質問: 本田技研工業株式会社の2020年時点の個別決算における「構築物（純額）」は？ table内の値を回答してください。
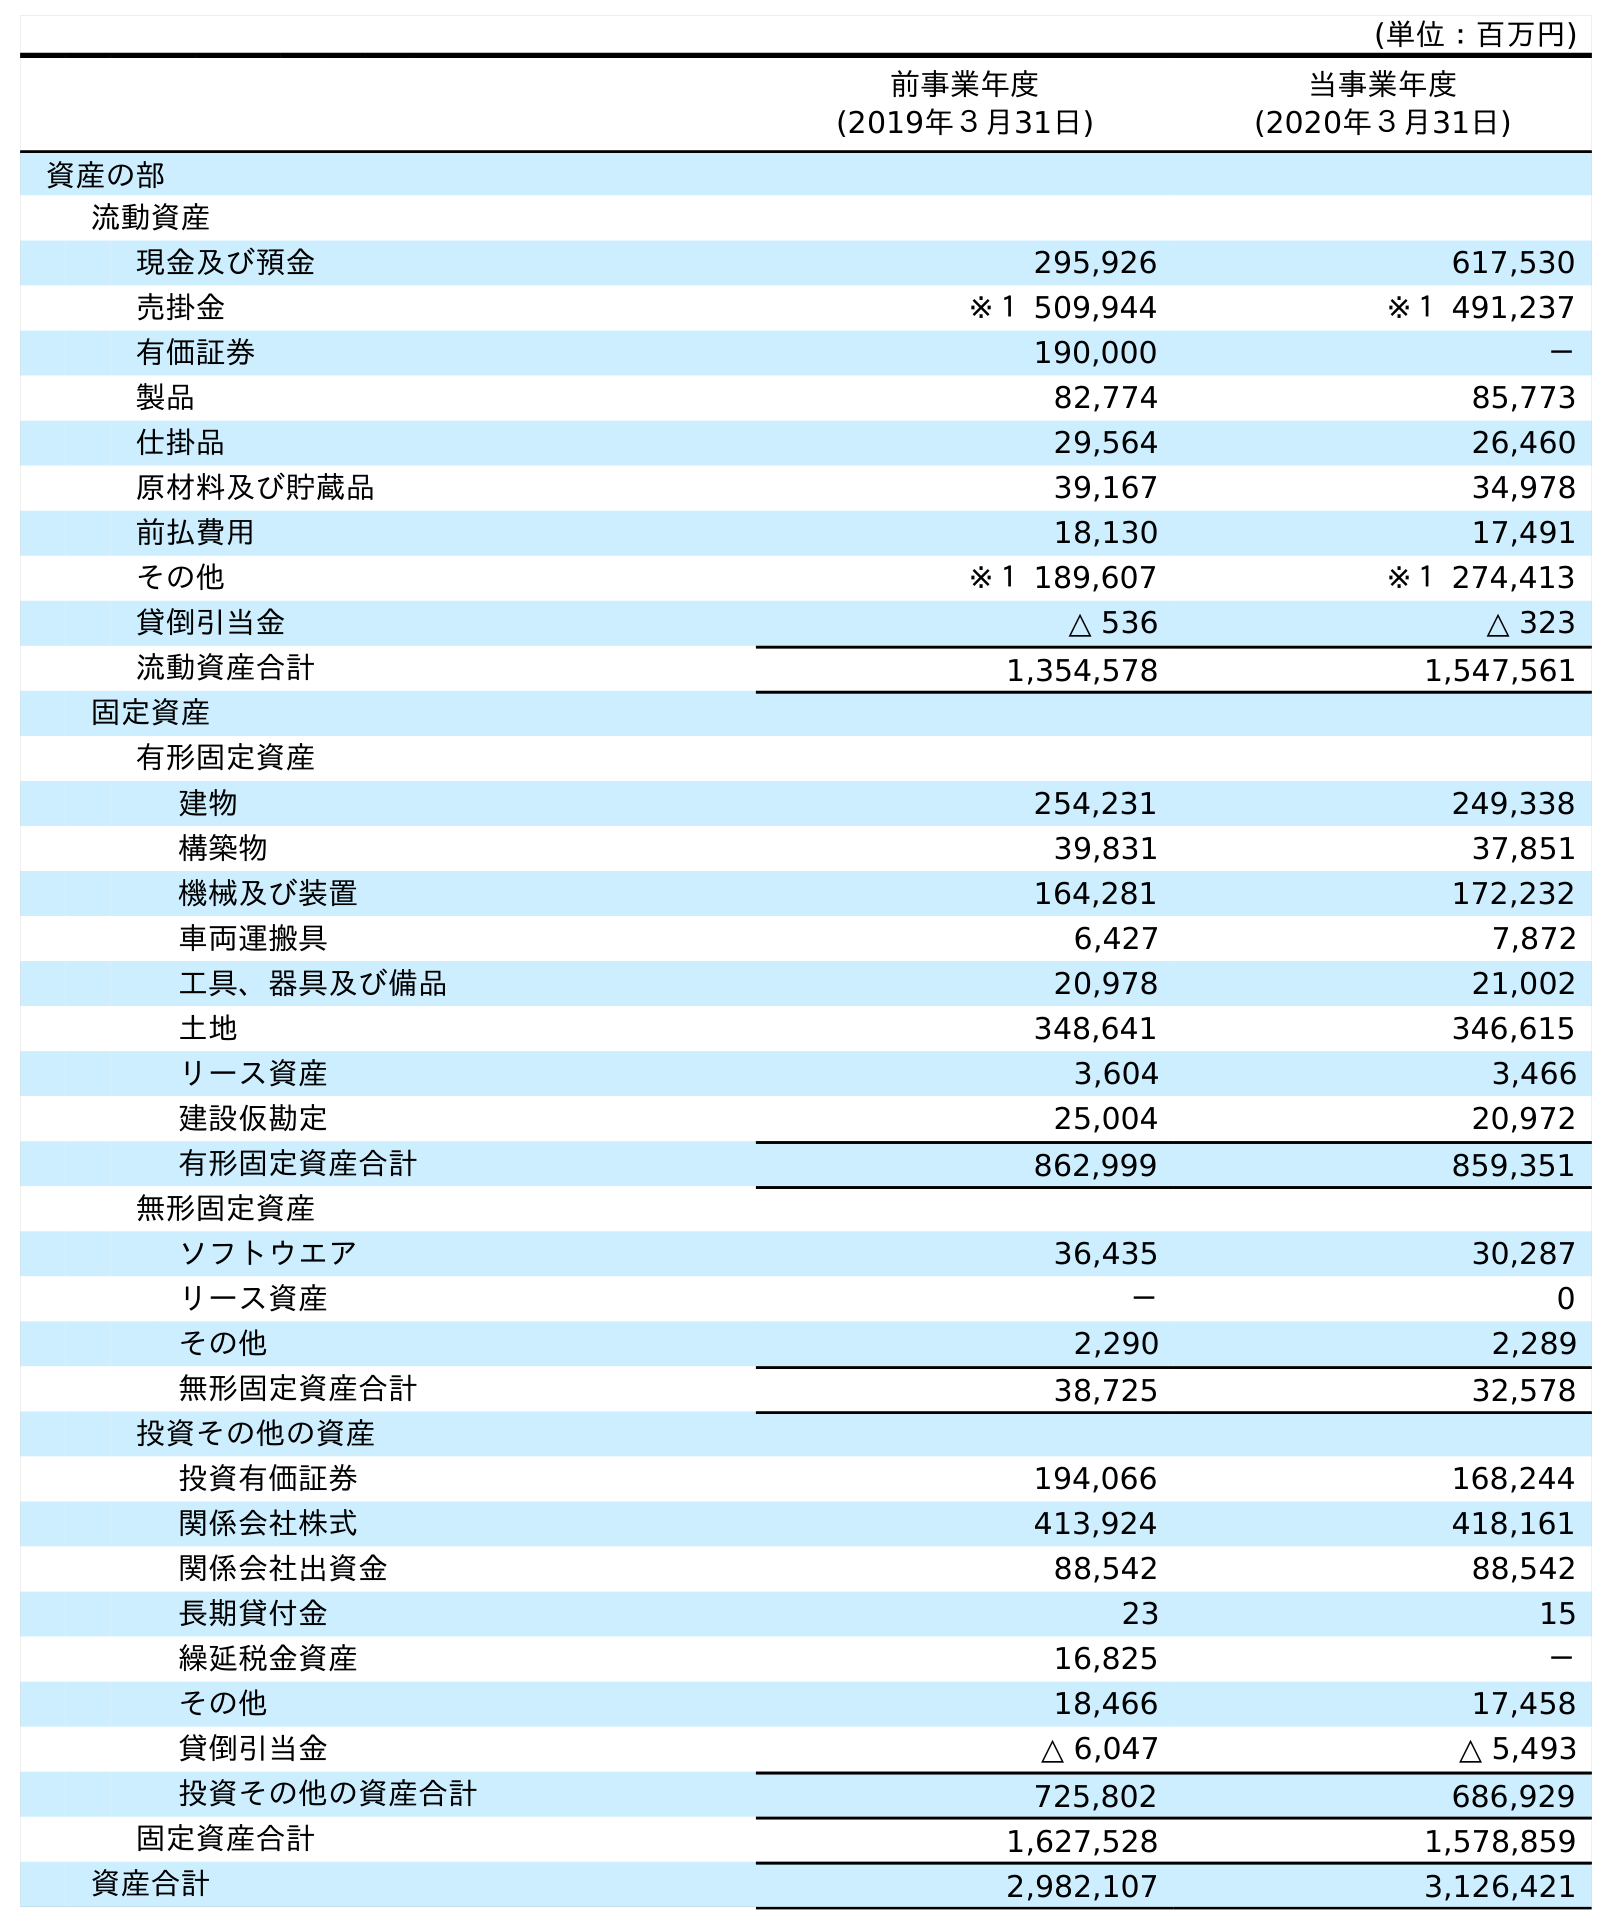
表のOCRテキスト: (単位：百万円) 前事業年度 (2019年３月31日) 当事業年度 (2020年３月31日) 資産の部 流動資産 現金及び預金 295,926 617,530 売掛金 ※１ 509,944 ※１ 491,237 有価証券 190,000 － 製品 82,774 85,773 仕掛品 29,564 26,460 原材料及び貯蔵品 39,167 34,978 前払費用 18,130 17,491 その他 ※１ 189,607 ※１ 274,413 貸倒引当金 △ 536 △ 323 流動資産合計 1,354,578 1,547,561 固定資産 有形固定資産 建物 254,231 249,338 構築物 39,831 37,851 機械及び装置 164,281 172,232 車両運搬具 6,427 7,872 工具、器具及び備品 20,978 21,002 土地 348,641 346,615 リース資産 3,604 3,466 建設仮勘定 25,004 20,972 有形固定資産合計 862,999 859,351 無形固定資産 ソフトウエア 36,435 30,287 リース資産 － 0 その他 2,290 2,289 無形固定資産合計 38,725 32,578 投資その他の資産 投資有価証券 194,066 168,244 関係会社株式 413,924 418,161 関係会社出資金 88,542 88,542 長期貸付金 23 15 繰延税金資産 16,825 － その他 18,466 17,458 貸倒引当金 △ 6,047 △ 5,493 投資その他の資産合計 725,802 686,929 固定資産合計 1,627,528 1,578,859 資産合計 2,982,107 3,126,421
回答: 37,851